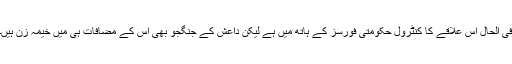
فی الحال اس علاقے کا کنٹرول حکومتی فورسز کے ہاتھ میں ہے لیکن داعش کے جنگجو بھی اس کے مضافات ہی میں خیمہ زن ہیں۔